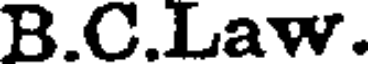
B.C.Law.